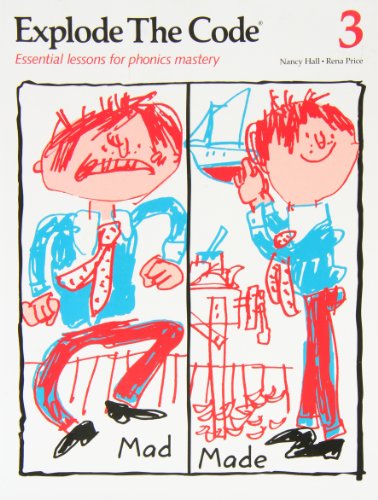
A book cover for Explode the Code 3; Nancy Hall; Education & Teaching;